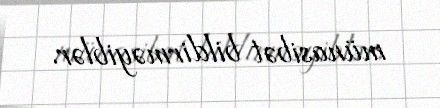
münasibət bildirməyiblər.